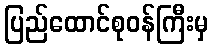
ပြည်ထောင်စုဝန်ကြီးမှ